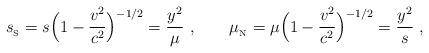
LaTeX: \begin{align*}{s_{_{\rm S}}}=s\Big(1-{{v}^2\over c^2}\Big)^{-1/2}={y^2\over\mu}\ ,\qquad {\mu_{_{\rm N}}}=\mu\Big(1-{{v}^2\over c^2}\Big)^{-1/2}={y^2\over s} \ , \end{align*}